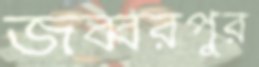
জব্বরপুর